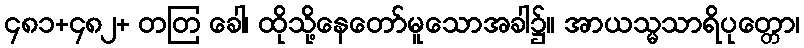
၄၈၁+၄၈၂+ တတြ ခေါ၊ ထိုသို့နေတော်မူသောအခါ၌။ အာယသ္မသာရိပုတ္တော၊